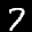
Label: 7